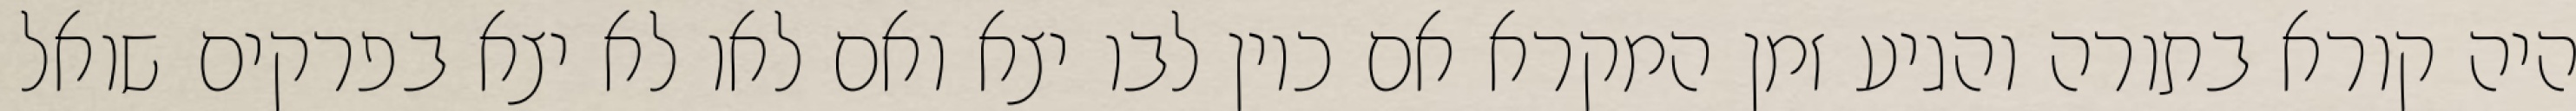
היה קורא בתורה והגיע זמן המקרא אם כיון לבו יצא ואם לאו לא יצא בפרקים שואל